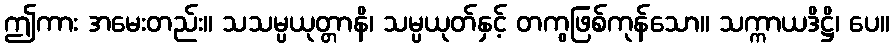
ဤကား အမေးတည်း။ သသမ္ပယုတ္တာနိ၊ သမ္ပယုတ်နှင့် တကွဖြစ်ကုန်သော။ သက္ကာယဒိဋ္ဌိ၊ ပေ။